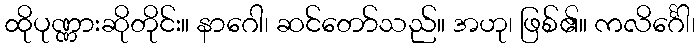
ထိုပုဏ္ဏားဆိုတိုင်း။ နာဂေါ၊ ဆင်တော်သည်။ အဟု၊ ဖြစ်၏။ ကလိင်္ဂေါ၊